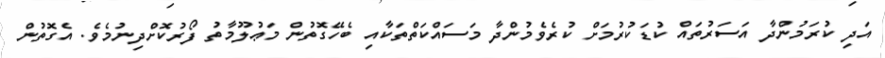
އަދި ކުރަމުންދާ އަސަރުތައް ކުޑަކުރުމަށް ކުރެވެމުންދާ މަސައްކަތްތަކާއި ބެހޭގޮތުން މަޢުލޫމާތު ފޯރުކޮށްދިނުމެވެ. އެގޮތުން